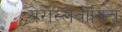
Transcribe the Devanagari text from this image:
येरोस्लैवोविच